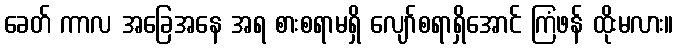
ခေတ် ကာလ အခြေအနေ အရ စားစရာမရှိ လျော်စရာရှိအောင် ကြံဖန် ထိုးမလား။